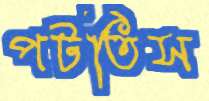
পটতিস